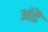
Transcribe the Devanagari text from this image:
अंडॆ